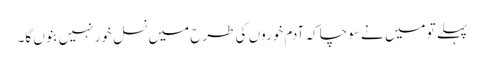
پہلے تو میں نے سوچا کہ آدم خوروں کی طرح میں نسل خور نہیں بنوں گا۔